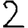
Digit: 2